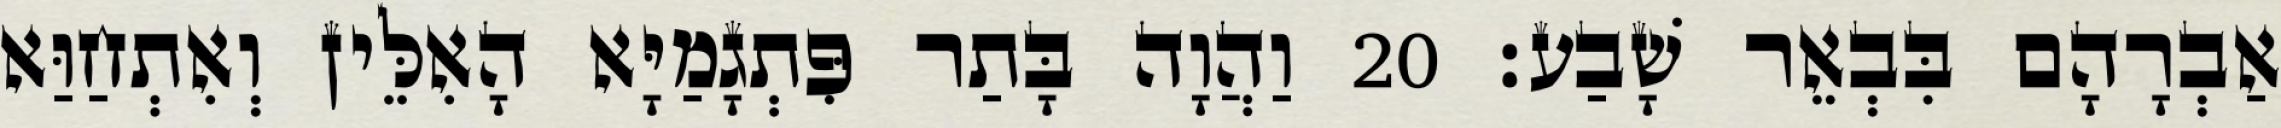
אַבְרָהָם בִּבְאֵר שָׁבַע׃ 20 וַהֲוָה בָּתַר פִּתְגָמַיָּא הָאִלֵּין וְאִתְחַוַּא